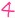
Text: 4